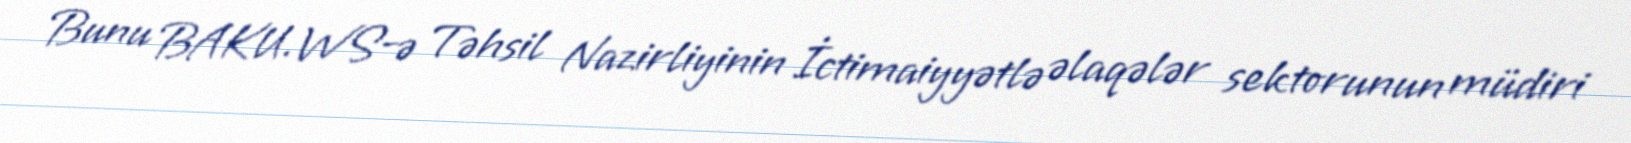
Bunu BAKU.WS-ə Təhsil Nazirliyinin İctimaiyyətlə əlaqələr sektorunun müdiri